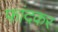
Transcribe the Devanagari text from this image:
फांदकर